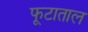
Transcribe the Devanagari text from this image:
फूटाताल